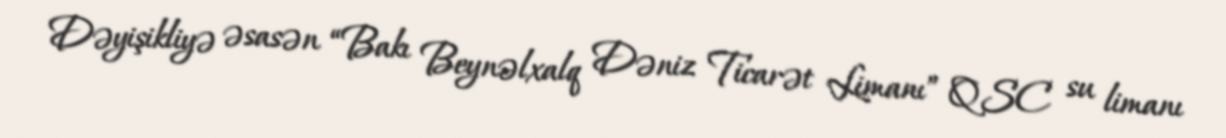
Dəyişikliyə əsasən “Bakı Beynəlxalq Dəniz Ticarət Limanı” QSC su limanı